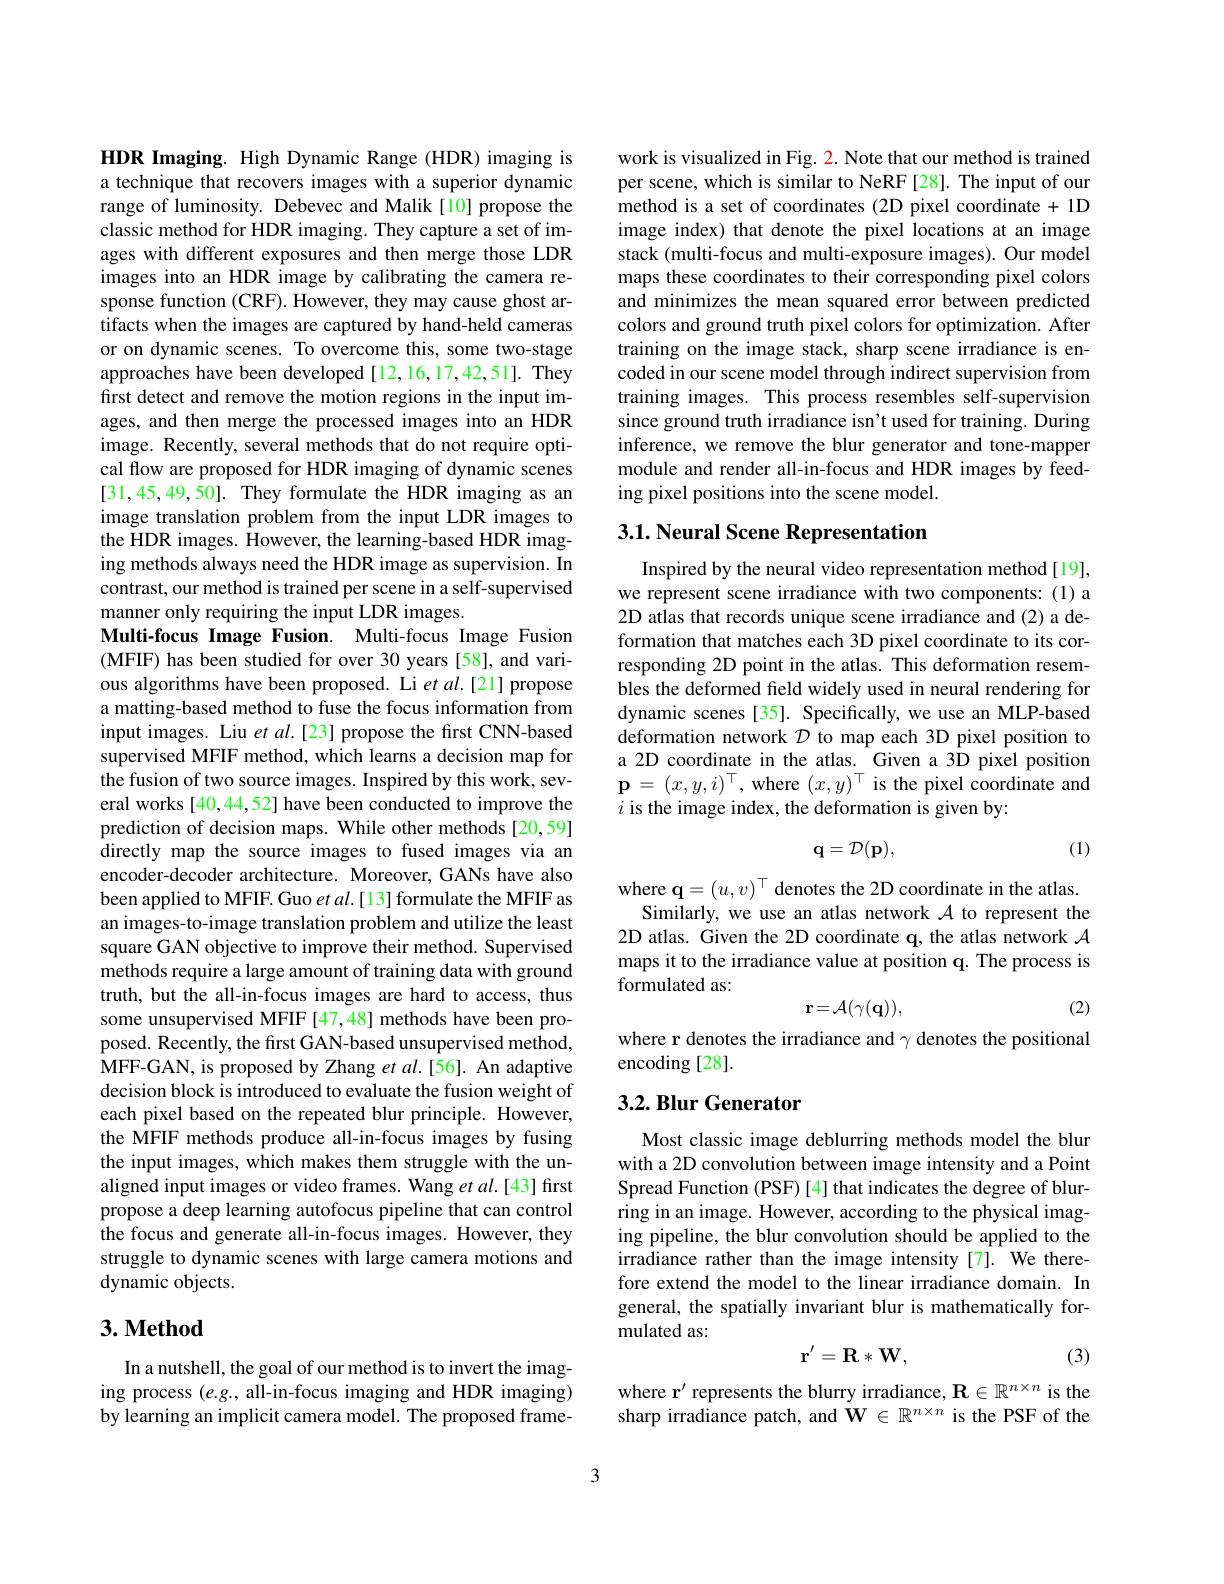
HDR Imaging. High Dynamic Range (HDR) imaging is a technique that recovers images with a superior dynamic range of luminosity. Debevec and Malik[10] propose the classic method for HDR imaging. They capture a set of images with different exposures and then merge those LDR images into an HDR image by calibrating the camera response function (CRF). However, they may cause ghost artifacts when the images are captured by hand-held cameras or on dynamic scenes. To overcome this, some two-stage approaches have been developed [12,16,17,42,51]. They first detect and remove the motion regions in the input images, and then merge the processed images into an HDR image. Recently, several methods that do not require optical flow are proposed for HDR imaging of dynamic scenes [31,45,49,50]. They formulate the HDR imaging as an image translation problem from the input LDR images to the HDR images. However, the learning-based HDR imaging methods always need the HDR image as supervision. In contrast, our method is trained per scene in a self-supervised manner only requiring the input LDR images.
Multi-focus Image Fusion. Multi-focus Image Fusion (MFIF) has been studied for over 30 years [58], and various algorithms have been proposed. Li et al.[21] propose a matting-based method to fuse the focus information from input images. Liu et al.[23] propose the first CNN-based supervised MFIF method, which learns a decision map for the fusion of two source images. Inspired by this work, several works [40,44,52] have been conducted to improve the prediction of decision maps. While other methods [20,59] directly map the source images to fused images via an encoder-decoder architecture. Moreover, GANs have also been applied to MFIF. Guo $etal.[13]$ formulate the MFIF as an images-to-image translation problem and utilize the least square GAN objective to improve their method. Supervised methods require a large amount of training data with ground truth, but the all-in-focus images are hard to access, thus some unsupervised MFIF[47,48] methods have been proposed. Recently, the first GAN-based unsupervised method, MFF-GAN, is proposed by Zhang $et\textit{al. [ 56] . An adaptive}$ decision block is introduced to evaluate the fusion weight of each pixel based on the repeated blur principle. However, the MFIF methods produce all-in-focus images by fusing the input images, which makes them struggle with the unaligned input images or video frames. Wang et al.[43] first propose a deep learning autofocus pipeline that can control the focus and generate all-in-focus images. However, they struggle to dynamic scenes with large camera motions and dynamic objects.

# 3. Method

In a nutshell, the goal of our method is to invert the imaging process $(e.g.$, all-in-focus imaging and HDR imaging) by learning an implicit camera model. The proposed frame-

work is visualized in Fig. 2. Note that our method is trained per scene, which is similar to NeRF[28]. The input of our method is a set of coordinates (2D pixel coordinate + 1D image index) that denote the pixel locations at an image stack (multi-focus and multi-exposure images). Our model maps these coordinates to their corresponding pixel colors and minimizes the mean squared error between predicted colors and ground truth pixel colors for optimization. After training on the image stack, sharp scene irradiance is encoded in our scene model through indirect supervision from training images. This process resembles self-supervision since ground truth irradiance isn't used for training. During inference, we remove the blur generator and tone-mapper module and render all-in-focus and HDR images by feeding pixel positions into the scene model.

## $3. 1. \textbf{ Neural Scene Representation}$

Inspired by the neural video representation method[19], we represent scene irradiance with two components: (1) a 2D atlas that records unique scene irradiance and (2) a deformation that matches each 3D pixel coordinate to its corresponding 2D point in the atlas. This deformation resembles the deformed feld widely used in neural rendering for dynamic scenes [35]. Specifically, we use an MLP-based deformation network $\mathcal{D}$ to map each 3D pixel position to a 2D coordinate in the atlas. Given a 3D pixel position $\mathbf{p}=(x,y,i)^{\top}$,where $(x,y)^\top$ is the pixel coordinate and $i$ is the image index, the deformation is given by:

(1)
$$\mathbf{q}=D(\mathbf{p}),$$
where $\mathbf{q}=(u,v)^\top$ denotes the 2D coordinate in the atlas.
Similarly, we use an atlas network $\mathcal{A}$ to represent the 2D atlas. Given the 2D coordinate q, the atlas network $\mathcal{A}$ maps it to the irradiance value at position q. The process is formulated as:
$$\mathbf{r}=\mathcal{A}(\gamma(\mathbf{q})),$$
(2)

where r denotes the irradiance and $\gamma$ denotes the positional
encoding [28].

## 3.2. Blur Generator

Most classic image deblurring methods model the blur with a 2D convolution between image intensity and a Point Spread Function (PSF)[4] that indicates the degree of blurring in an image. However, according to the physical imaging pipeline, the blur convolution should be applied to the irradiance rather than the image intensity [7]. We therefore extend the model to the linear irradiance domain. In general, the spatially invariant blur is mathematically formulated as:
$$\mathbf{r}'=\mathbf{R}*\mathbf{W},$$
(3)

where r' represents the blurry irradiance, $\mathbf{R}\in\mathbb{R}^{n\times n}$ is the sharp irradiance patch, and $\mathbf{W}\in\mathbb{R}^{n\times n}$ is the PSF of the

3